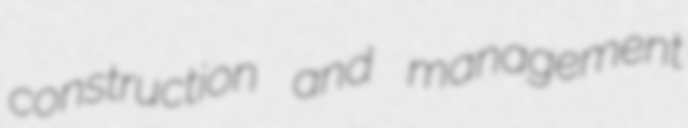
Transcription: construction and management